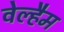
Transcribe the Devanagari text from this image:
वेल्हैम